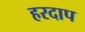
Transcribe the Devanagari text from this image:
हरदाप